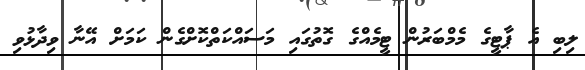
ލިބި އެ ޕާޓީގެ މެމްބަރުން ޓީމެއްގެ ގޮތުގައި މަސައްކަތްކޮށްގެން ކަމަށް އޭނާ ވިދާޅުވި